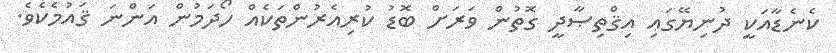
ކެނެޑާއަކީ ދުނިޔޭގައި އިޤްތިޞާދީ ގޮތުން ވަރަށް ބޮޑު ކުރިއެރުންތަކެއް ހޯދަމުން އަންނަ ޤައުމެކެވެ.